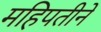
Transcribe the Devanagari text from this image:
महिपतीनें